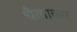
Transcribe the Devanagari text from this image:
चैत्याकार